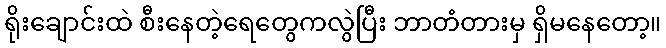
ရိုးချောင်းထဲ စီးနေတဲ့ရေတွေကလွဲပြီး ဘာတံတားမှ ရှိမနေတော့။